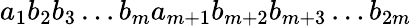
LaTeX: a_{1}b_{2}b_{3}\dots b_{m}a_{m+1}b_{m+2}b_{m+3}\dots b_{2m}